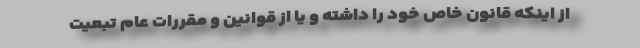
از اینکه قانون خاص خود را داشته و یا از قوانین و مقررات عام تبعیت